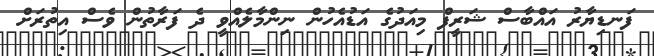
ފަނޑިޔާރު އައްބާސް ޝަރީފް މިއަދުގެ އަޑުއެހުން ނިންމާލެއްވީ ދެ ފަރާތުން ވެސް އިތުރަށް